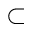
\subset